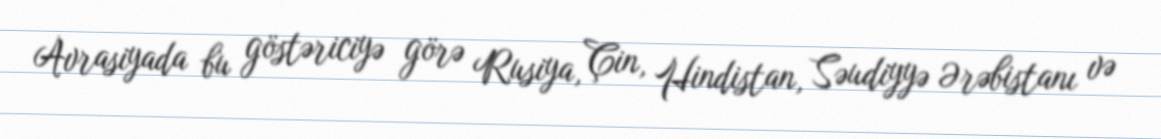
Avrasiyada bu göstəriciyə görə Rusiya, Çin, Hindistan, Səudiyyə Ərəbistanı və